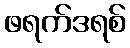
ဖရက်ဒရစ်